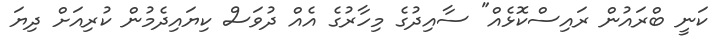
ކަނީ ބްރައުން ރައިސްކޮޅެއް" ސާއިދުގެ މިހާރުގެ އެއް ދުވަސް ކިޔައިދެމުން ކުރިއަށް ދިޔަ